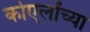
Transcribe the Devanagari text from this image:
कोएलोंच्या